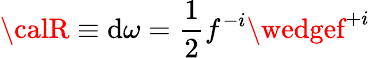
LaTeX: {\calR}\equiv\mathrm{d}\omega={\frac{{1}}{{2}}}f^{-i}\wedgef^{+i}